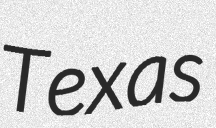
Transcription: Texas